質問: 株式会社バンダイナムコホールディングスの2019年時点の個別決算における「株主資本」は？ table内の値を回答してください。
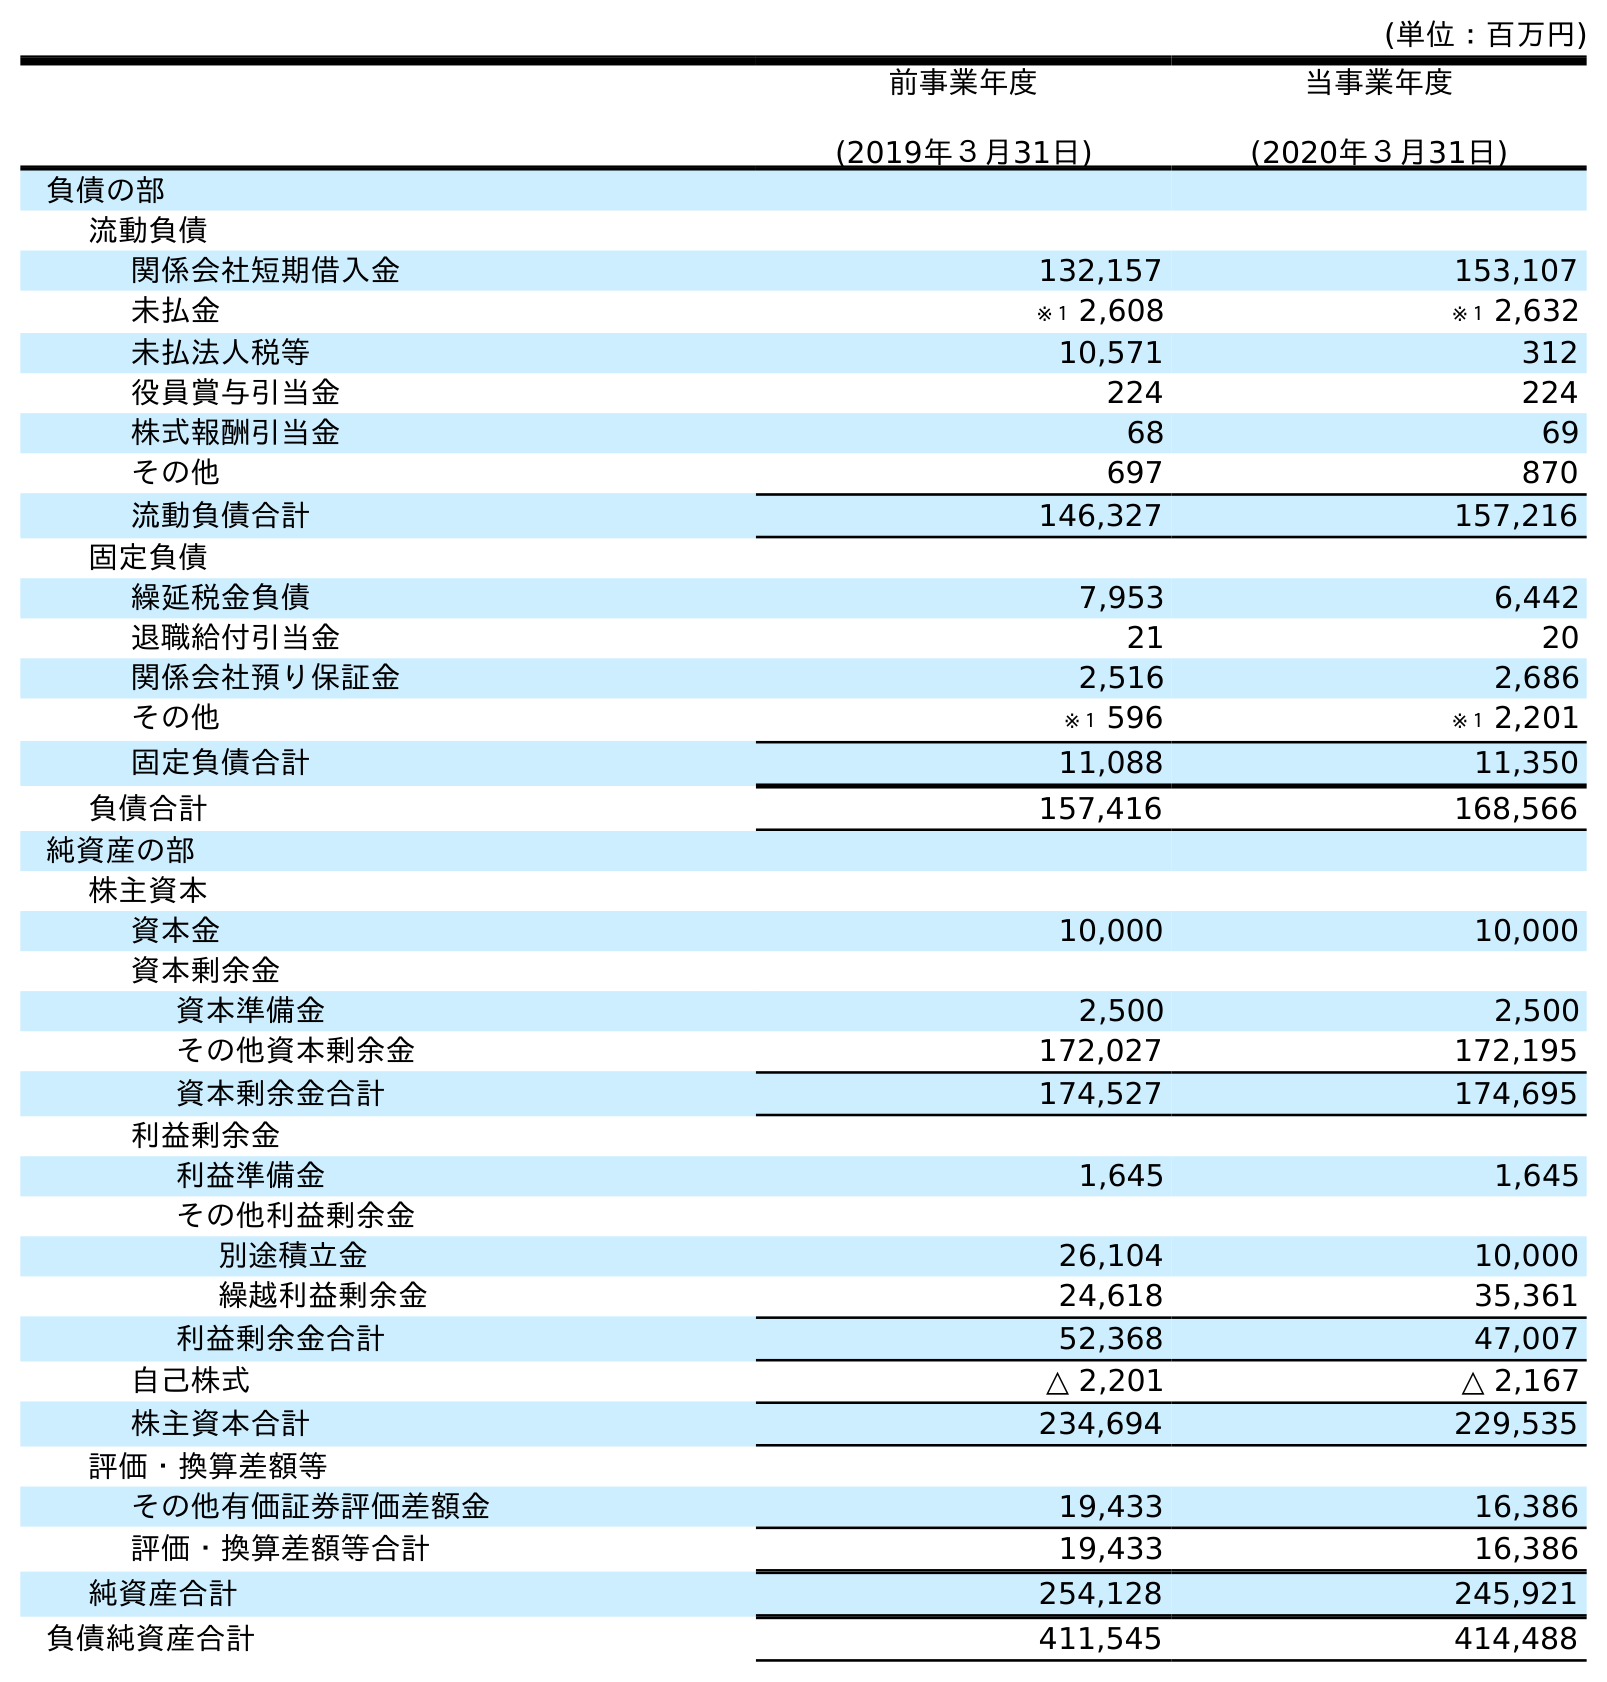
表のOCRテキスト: (単位：百万円) 前事業年度 (2019年３月31日) 当事業年度 (2020年３月31日) 負債の部 流動負債 関係会社短期借入金 132,157 153,107 未払金 ※１ 2,608 ※１ 2,632 未払法人税等 10,571 312 役員賞与引当金 224 224 株式報酬引当金 68 69 その他 697 870 流動負債合計 146,327 157,216 固定負債 繰延税金負債 7,953 6,442 退職給付引当金 21 20 関係会社預り保証金 2,516 2,686 その他 ※１ 596 ※１ 2,201 固定負債合計 11,088 11,350 負債合計 157,416 168,566 純資産の部 株主資本 資本金 10,000 10,000 資本剰余金 資本準備金 2,500 2,500 その他資本剰余金 172,027 172,195 資本剰余金合計 174,527 174,695 利益剰余金 利益準備金 1,645 1,645 その他利益剰余金 別途積立金 26,104 10,000 繰越利益剰余金 24,618 35,361 利益剰余金合計 52,368 47,007 自己株式 △ 2,201 △ 2,167 株主資本合計 234,694 229,535 評価・換算差額等 その他有価証券評価差額金 19,433 16,386 評価・換算差額等合計 19,433 16,386 純資産合計 254,128 245,921 負債純資産合計 411,545 414,488
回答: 234,694